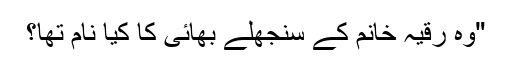
"وہ رقیہ خانم کے سنجھلے بھائی کا کیا نام تھا؟